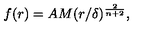
f ( r ) = A M ( r / \delta ) ^ { \frac { 2 } { n + 2 } } ,